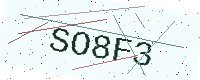
Text: SO8F3